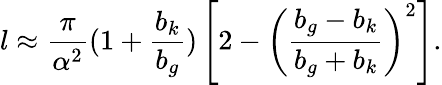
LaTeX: l\approx\frac{\pi}{\alpha^{2}}(1+\frac{b_{k}}{b_{g}})\left[2-\left(\frac{b_{g}-b_{k}}{b_{g}+b_{k}}\right)^{2}\right].